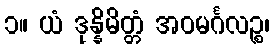
၁။ ယံ ဒုန္နိမိတ္တံ အဝမင်္ဂလဉ္စ၊